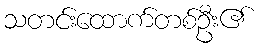
သတင်းထောက်တစ်ဦး၏